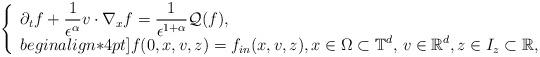
LaTeX: \begin{align*}\left\{\begin{array}{l} \displaystyle \partial_t f + \frac{1}{\epsilon^\alpha} v\cdot\nabla_x f= \frac{1}{\epsilon^{1+\alpha}} \mathcal Q(f), \\begin{align*}4pt]\displaystyle f(0,x,v,z)=f_{in}(x,v,z), x\in\Omega\subset\mathbb T^d, \, v\in \mathbb R^d, z\in I_z \subset \mathbb R,\end{array}\right.\end{align*}